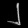
Digit: ၂